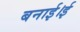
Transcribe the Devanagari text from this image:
बनाई।ई